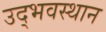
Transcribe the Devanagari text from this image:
उद्भवस्थान